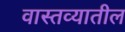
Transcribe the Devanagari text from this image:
वास्तव्यातील